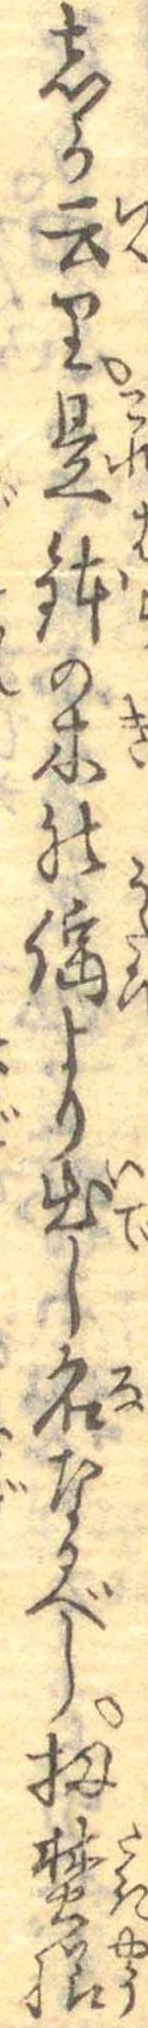
しか云り是鉢の木の謡より出し名なるべし扨焚様